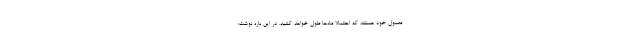
معمول خود هستند که احتمالا ماه‌ها طول خواهد کشید. در این باره نوشت: